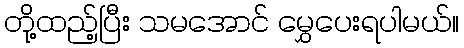
တို့ထည့်ပြီး သမအောင် မွှေပေးရပါမယ်။